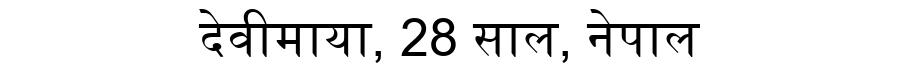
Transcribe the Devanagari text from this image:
देवीमाया, 28 साल, नेपाल